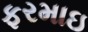
ફરમાઇ